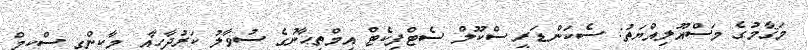
މަޤާމުގެ މަސްއޫލިއްޔަތު: ސެކަންޑަރީ ސްކޫލް ސެޓްފިކެޓް އިމްތިޙާނުގެ ސުވާލު ކަރުދާހާއި މާކިންގ ސްކީމް